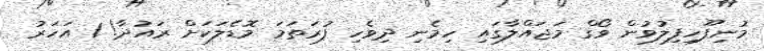
މުނިފޫހިފިލުވުން ވޯގް މަޖައްލާގައި ހިމެނި ދިވެހި ފުރަތަމަ މޮޑެލަކަށް ރައުދާ! 1 އަހަރު